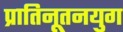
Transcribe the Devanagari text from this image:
प्रातिनूतनयुग